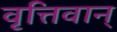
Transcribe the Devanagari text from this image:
वृत्तिवान्